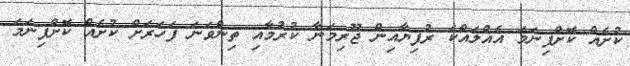
ކުށެއް ކޮށްފިނަމަ އެއްލައްކަ ރުފިޔާއިން ޖޫރިމަނާ ކުރުމާއި ތިންވަނަ ފަހަރަށް ކުށެއް ކޮށްފިނަމަ